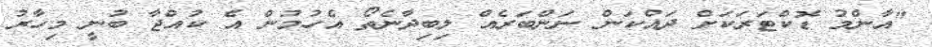
"އާންމު ޑޮކްޓަރަކަށް ދައްކަން ނަންބަރެއް ލިބިދާނެތޯ އެހުމުން އެ ކުއްޖާ ބުނީ މިހާރު